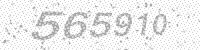
Solution: 565910